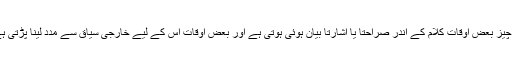
یہ چیز بعض اوقات کلام کے اندر صراحتاً یا اشارتاً بیان ہوئی ہوتی ہے اور بعض اوقات اس کے لیے خارجی سیاق سے مدد لینا پڑتی ہے۔